Eesti_Peakonsulaat_New_Yorgis, lk 39
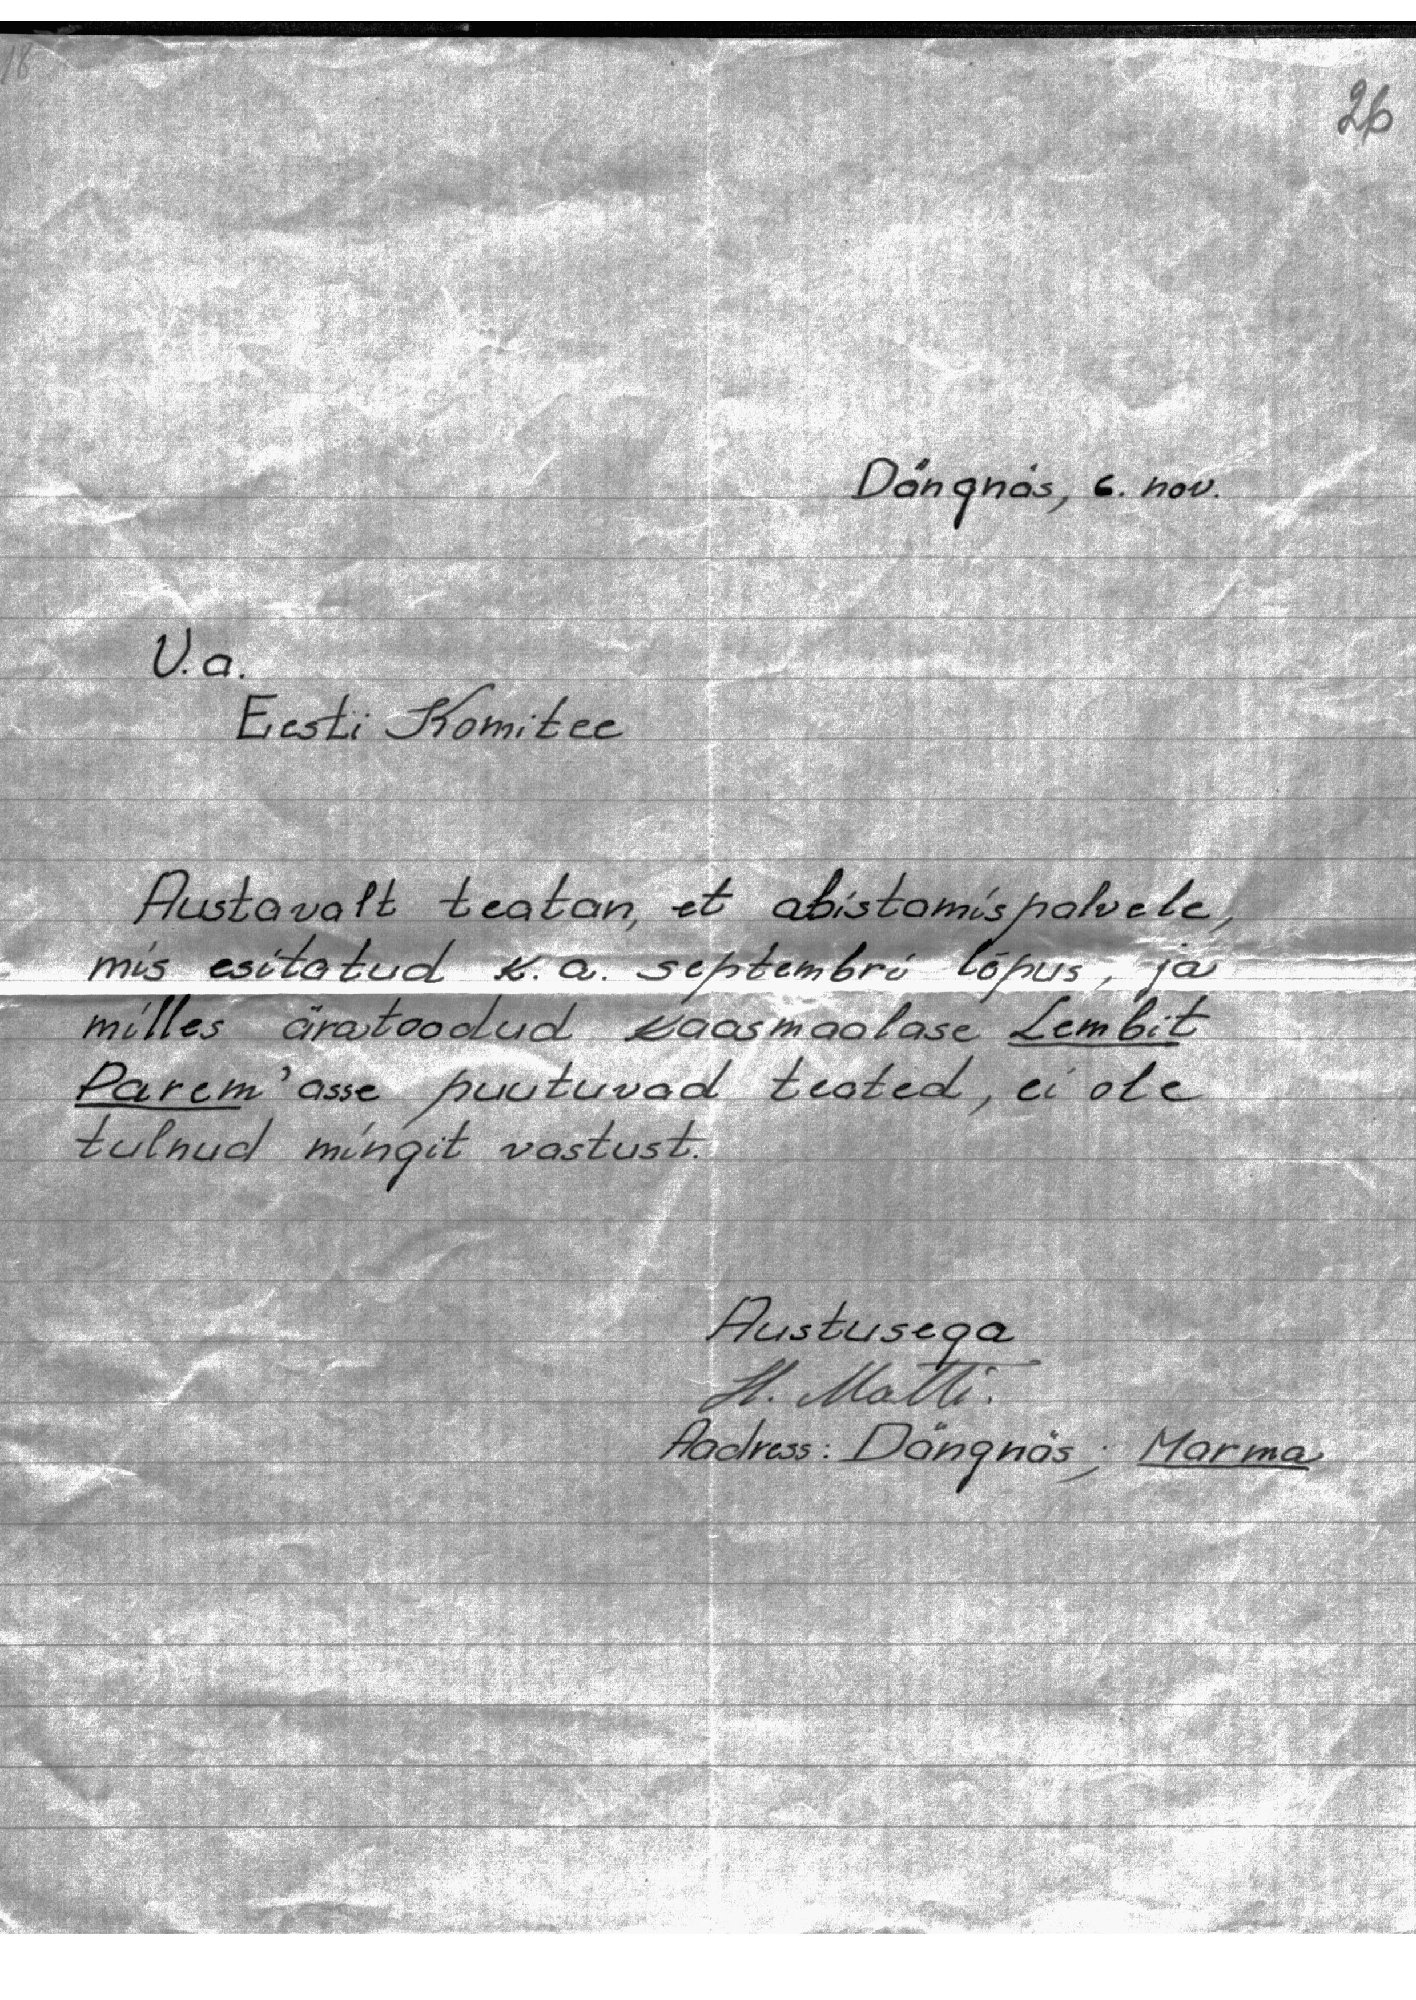
26
Dängnäs, 6. nov.
V.a.
Eesti Komitee
Austavalt teatan, et abistamispalvele,
mis esitatud k.a. septembri lõpus, ja
milles äratoodud kaasmaalase Lembit
Parem'asse puutuvad teated, ei ole
tulnud mingit vastust.
Austusega
H. Matti.
Aadress: Dängnäs; Marma